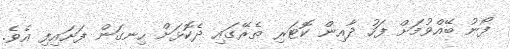
ފޯނު ބޭއްވުމަށް ފަހު ދާއިން ކޮޓަރި ތެރޭގައި ދެކޮޅަށް ހިނގަން ފަށައިފި އެވެ.